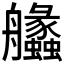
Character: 𦫈